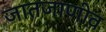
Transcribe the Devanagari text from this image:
जातजाणीव